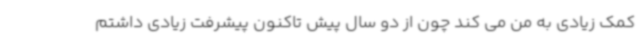
کمک زیادی به من می کند چون از دو سال پیش تاکنون پیشرفت زیادی داشتم